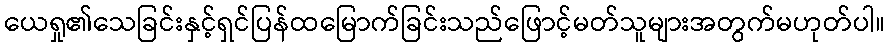
ယေရှု၏သေခြင်းနှင့်ရှင်ပြန်ထမြောက်ခြင်းသည်ဖြောင့်မတ်သူများအတွက်မဟုတ်ပါ။